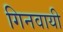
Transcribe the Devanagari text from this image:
गिनवायी